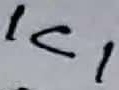
Text: IC1